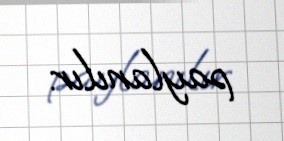
paylanılır.